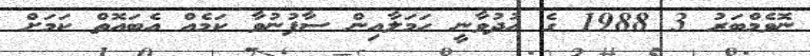
ނޮވެމްބަރު 3 1988 ގެ އުދުވާނީ ހަމަލާއިން ސާފުނުވާ ކަމެއް އެބައޮތް ކަމަށް